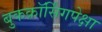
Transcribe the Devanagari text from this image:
बुकक्रॉर्सिंगपेक्षा